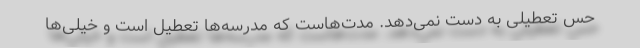
حس تعطیلی به دست نمی‌دهد. مدت‌هاست که مدرسه‌ها تعطیل است و خیلی‌ها